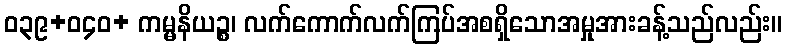
ဝ၃၉+ဝ၄၀+ ကမ္မနိယဉ္စ၊ လက်ကောက်လက်ကြပ်အစရှိသောအမှုအားခန့်သည်လည်း။